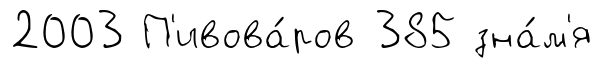
2003 П'ивова́ров 385 зна́м'я